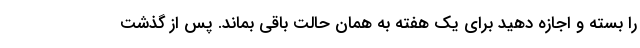
را بسته و اجازه دهید برای یک هفته به همان حالت باقی بماند. پس از گذشت